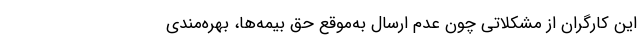
این کارگران از مشکلاتی چون‌ عدم ارسال به‌موقعِ حق بیمه‌ها، بهره‌مندی